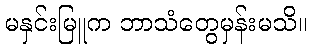
မနှင်းမြူက ဘာသံတွေမှန်းမသိ။